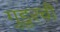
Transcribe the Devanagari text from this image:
गुडूरची